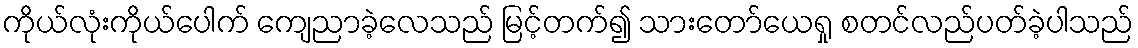
ကိုယ်လုံးကိုယ်ပေါက် ကျေညာခဲ့လေသည် မြင့်တက်၍ သားတော်ယေရှု စတင်လည်ပတ်ခဲ့ပါသည်